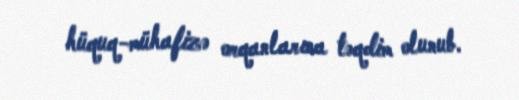
hüquq-mühafizə orqanlarına təqdim olunub.